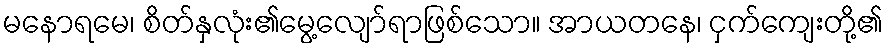
မနောရမေ၊ စိတ်နှလုံး၏မွေ့လျော်ရာဖြစ်သော။ အာယတနေ၊ ငှက်ကျေးတို့၏